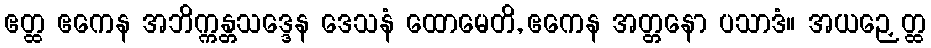
ဧတ္ထ ဧကေန အဘိက္ကန္တသဒ္ဒေန ဒေသနံ ထောမေတိ, ဧကေန အတ္တနော ပသာဒံ။ အယဉှေတ္ထ